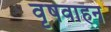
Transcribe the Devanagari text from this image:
वृषवाहन